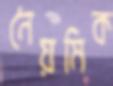
নৈয়মিক